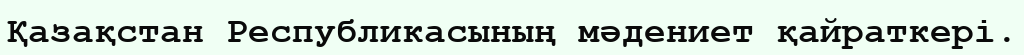
Қазақстан Республикасының мәдениет қайраткері.